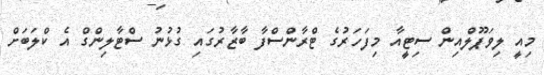
މިއީ ލިވަޕޫލްއިން ސިޓީއާ މިފަހަރުގެ ޓްރާންސްފާ ބާޒާރުގައި ގުޅުނު ސްޓާލިންގް އެ ކްލަބަށް